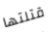
قتلتها